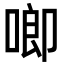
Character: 𪡙